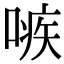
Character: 𠹋